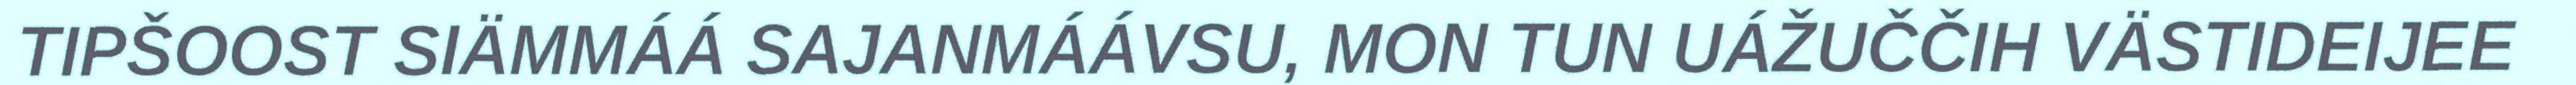
TIPŠOOST SIÄMMÁÁ SAJANMÁÁVSU, MON TUN UÁŽUČČIH VÄSTIDEIJEE